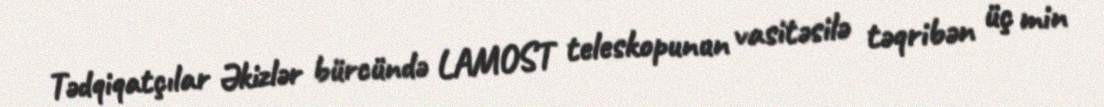
Tədqiqatçılar Əkizlər bürcündə LAMOST teleskopunun vasitəsilə təqribən üç min